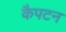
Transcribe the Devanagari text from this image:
कैपटन